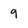
Character: 9